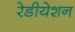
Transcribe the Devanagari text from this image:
रेडीयेशन